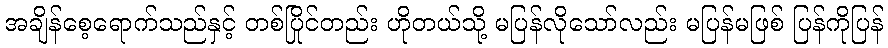
အချိန်စေ့ရောက်သည်နှင့် တစ်ပြိုင်တည်း ဟိုတယ်သို့ မပြန်လိုသော်လည်း မပြန်မဖြစ် ပြန်ကိုပြန်